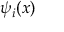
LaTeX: \psi _ { i } ( x )